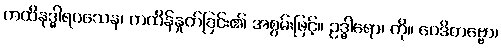
ကထိနုဒ္ဓါရဝသေန၊ ကထိန်နှုတ်ခြင်း၏ အစွမ်းဖြင့်။ ဥဒ္ဓါရော၊ ကို။ ဝေဒိတဗ္ဗော၊